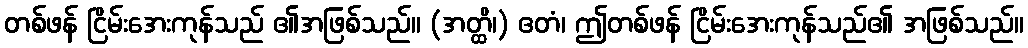
တစ်ဖန် ငြိမ်းအေးကုန်သည် ၏အဖြစ်သည်။ (အတ္ထိ၊) ဧတံ၊ ဤတစ်ဖန် ငြိမ်းအေးကုန်သည်၏ အဖြစ်သည်။